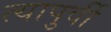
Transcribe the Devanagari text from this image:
त्यापुर्वी